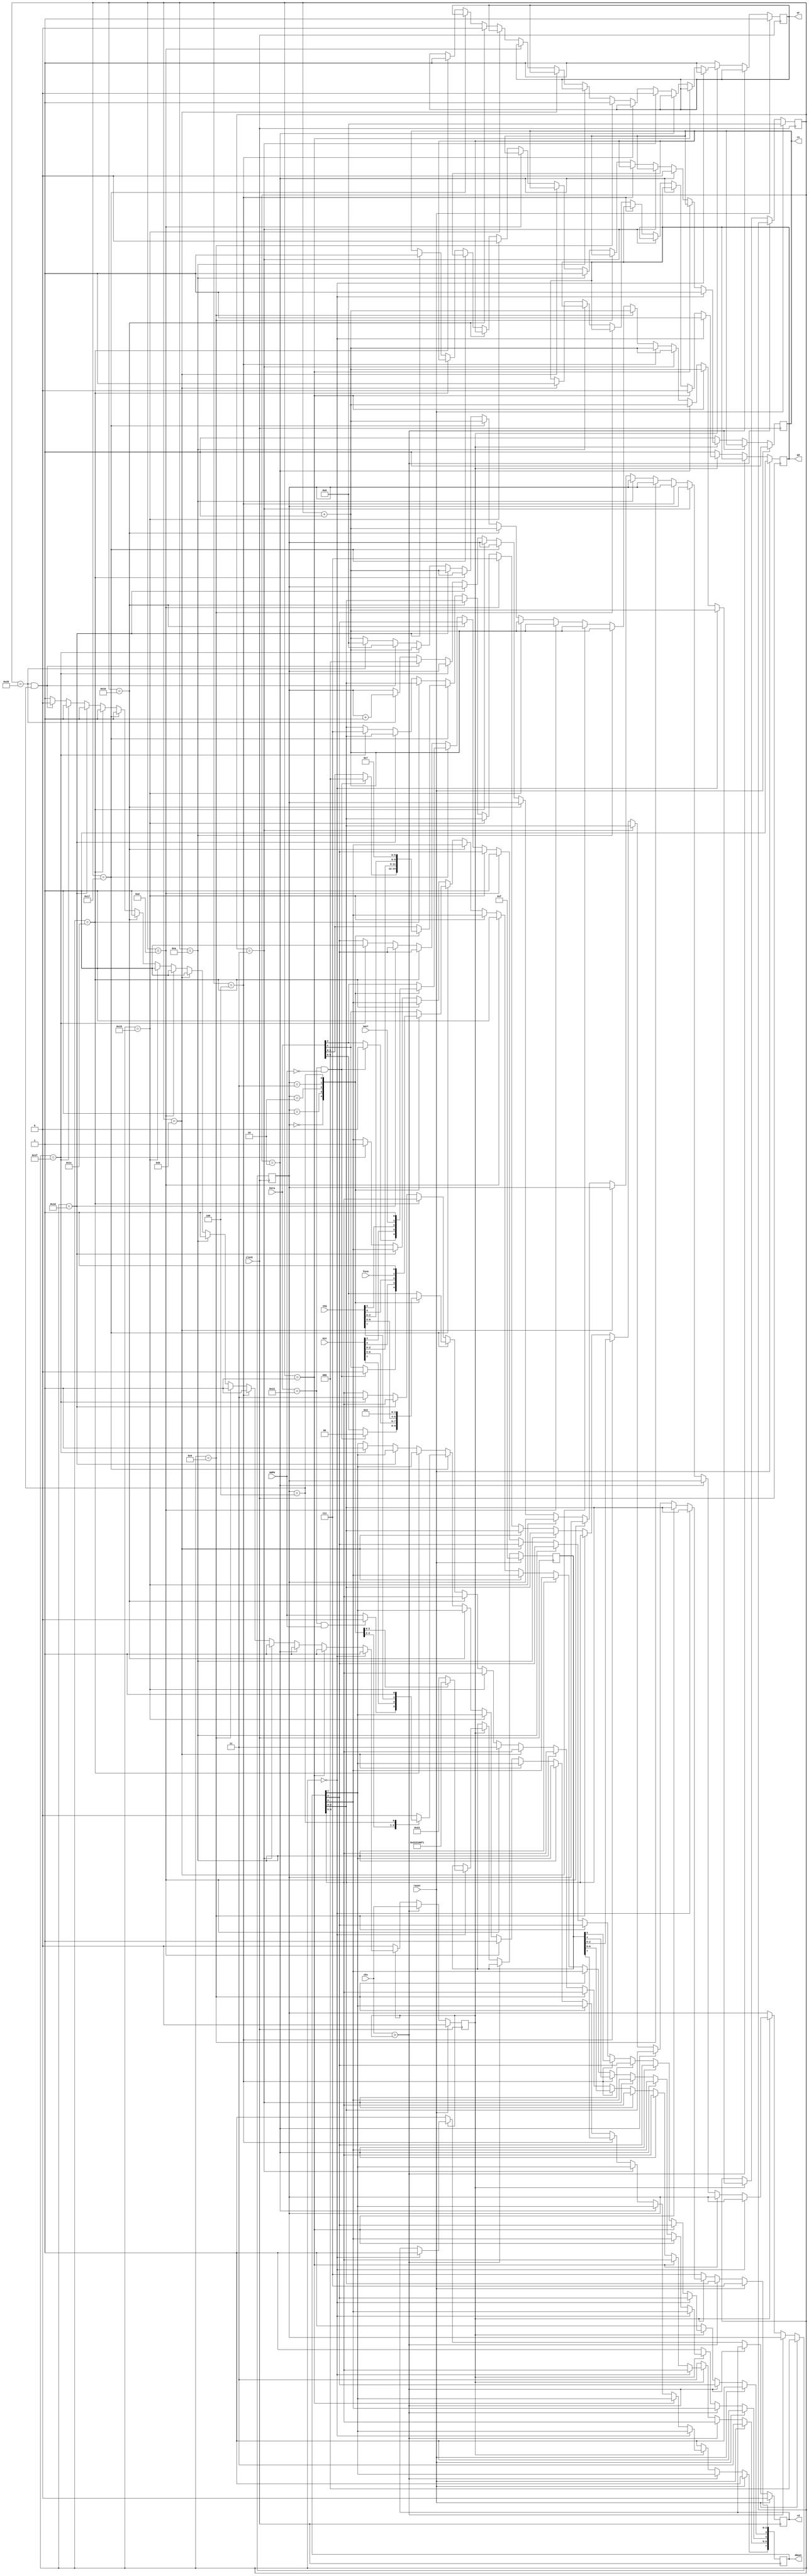
`timescale 1ns / 1ps
//////////////////////////////////////////////////////////////////////////////////
// Company: 
// Engineer: 
// 
// Design Name: 
// Module Name:    EscrituraHora 
// Project Name: 
// Target Devices: 
// Tool versions: 
// Description: 
//
// Dependencies: 
//
// Revision: 
// Revision 0.01 - File Created
// Additional Comments: 
//
//////////////////////////////////////////////////////////////////////////////////
module LecturaHora(
	 input swcr,
	 input form,
    input [6:0] hora,
	 input [7:0] min,
	 input [7:0] seg,
	 input AmPm,
	 input clock,
	 input reset,
	 input chs,
	 output reg [7:0] ADout,
    output reg ad,
    output reg wr,
    output reg rd,
    output reg cs
	 
    );
reg [5:0]cont;
reg [2:0]contadd;
reg [7:0]dir;
reg chsref;

always @(posedge clock)
begin
	if (reset)
	begin
	ad<=1'h1;
	wr<=1'h1;
	rd<=1'h0;
	cs<=1'h1;
	ADout<=8'hff;
	cont<=0;
	contadd<=0;
	chsref<=0;
	dir<=8'h0f;
	end
	
	else if (chs>chsref)
	chsref<=chs;
	
	else if (chsref)
	begin
		if (cont==0)
		begin
		case (contadd)
			3'b000:dir<=8'h23;
			3'b001:dir<=8'h22;
			3'b010:dir<=8'h21; 
			3'b011:dir<=8'h00;
			3'b100:dir<=8'hf1;
			default dir<=8'h23;
		endcase
		ad<=1;
		wr<=1;
		rd<=1;
		cs<=1;
		cont<=cont+1'b1;
		end
		
		else if (cont==1)
		begin
		
			ad<=0;
			cont<=cont+1'b1;
		end
		
		else if(cont==2)
		begin
			cs<=0;
			cont<=cont+1'b1;
		end
			
		else if (cont==3)
		begin
			wr<=0;
			cont<=cont+1'b1;
		end
		
		else if (cont==4)
		begin
			ADout<=dir;
			cont<=cont+1'b1;
		end
		
		else if (cont==9)
		begin
			wr<=1;
			cont<=cont+1'b1;
		end
			
		else if (cont==10)
		begin
			cs<=1;
			cont<=cont+1'b1;
		end
		
		else if (cont==11)
		begin
			ad<=1;
			cont<=cont+1'b1;
		end
		
		else if (cont==13)
		begin
			ADout<=8'hff;
			cont<=cont+1'b1;
		end
		
		else if (cont==21)
		begin
			cs<=0;
			cont<=cont+1'b1;
		end
		
		else if (cont==22)
		begin
			wr<=0;
			cont<=cont+1'b1;
		end
		
		else if (cont==23)
		begin
		case (contadd)
			3'b000:begin
						if (hora[6:0]==7'h12&&AmPm==0)
							ADout[6:0]<=00;
						else
							ADout[6:0]<=hora[6:0];
							if (hora[6:0]==7'h12&&AmPm==1)
							ADout[7]<=0;
							else
							ADout[7]<=AmPm;
						end
			3'b001:ADout<=min;
			3'b010:ADout<=seg;
			3'b011:begin
						ADout[7:5]<=0;
						ADout[4]<=form;
						ADout[3]<=swcr;
						ADout[2:0]<=0;
						end
			3'b100:ADout<=8'hff;
			default ADout<=hora;
		endcase
		cont<=cont+1'b1;
		end
		else if (cont==28)
			begin
			wr<=1;
			cont<=cont+1'b1;
			end
		else if (cont==29)
			begin
			cs<=1;
			cont<=cont+1'b1;
			end
		else if (cont==31)
			begin
			ADout<=8'hff;
			cont<=cont+1'b1;
			end
		else if (cont==40&&contadd==4)
			begin
			contadd<=0;
			cont<=0;
			chsref<=0;
			end
		else if (cont==40)
			begin
			cont<=0;
			contadd<=contadd+1'b1;
			end
		else cont<=cont+1'b1;
	
	end
	
	else
	begin
	ADout<=8'hff;
	cs<=1'h1;
	ad<=1'h1;
	wr<=1'h1;
	rd<=1'h1;
	end
	
end
endmodule